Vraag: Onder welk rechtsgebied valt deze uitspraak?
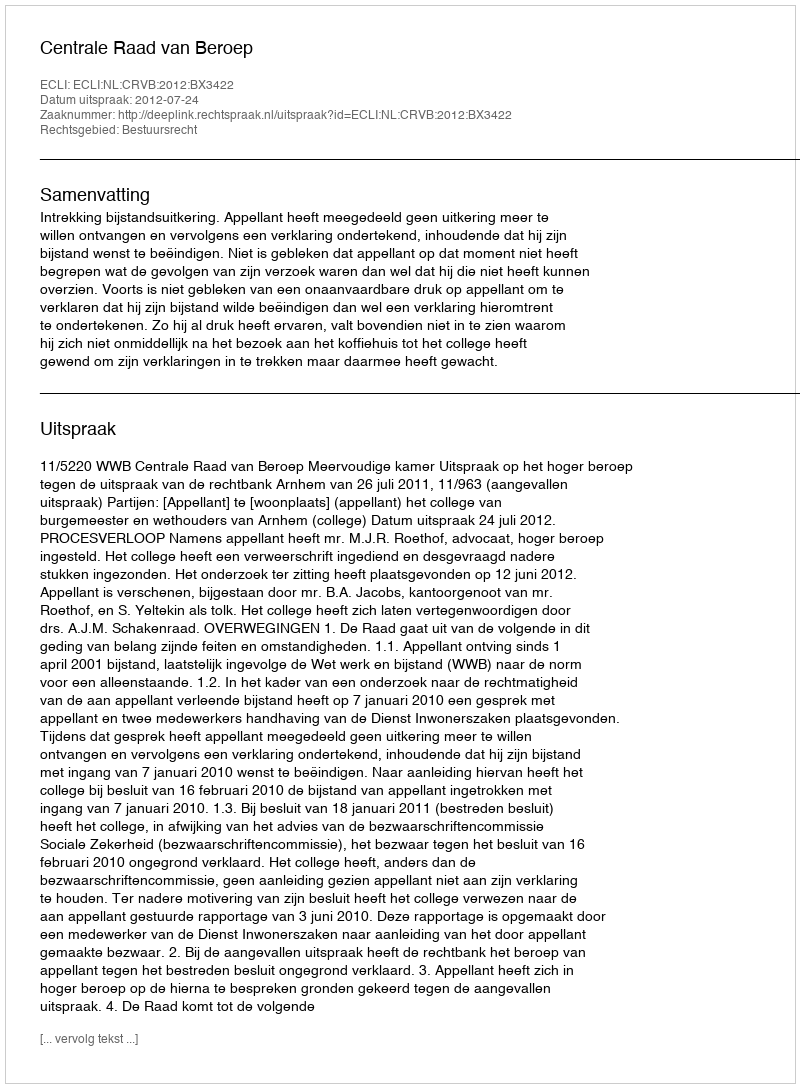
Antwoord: Bestuursrecht